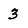
Character: 3